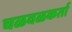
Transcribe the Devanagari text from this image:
चळवळकर्ता